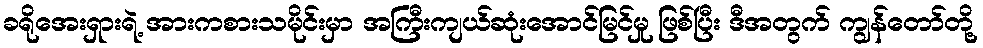
ခရိုအေးရှားရဲ့ အားကစားသမိုင်းမှာ အကြီးကျယ်ဆုံးအောင်မြင်မှု ဖြစ်ပြီး ဒီအတွက် ကျွန်တော်တို့